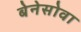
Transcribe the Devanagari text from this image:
बेनेसोवा